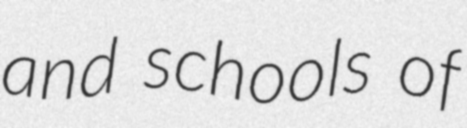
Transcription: and schools of